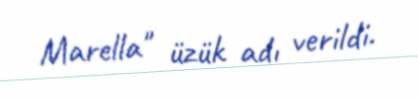
Marella" üzük adı verildi.